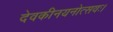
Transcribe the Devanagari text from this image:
देवकीनयनोत्सवः।